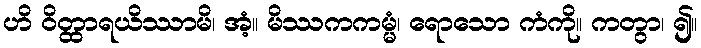
ဟိ ဝိတ္ထာရယိဿာမိ၊ အံ့။ မိဿကကမ္မံ၊ ရောသော ကံကို။ ကတွာ၊ ၍။